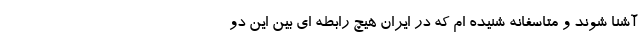
آشنا شوند و متاسفانه شنیده ام که در ایران هیچ رابطه ای بین این دو